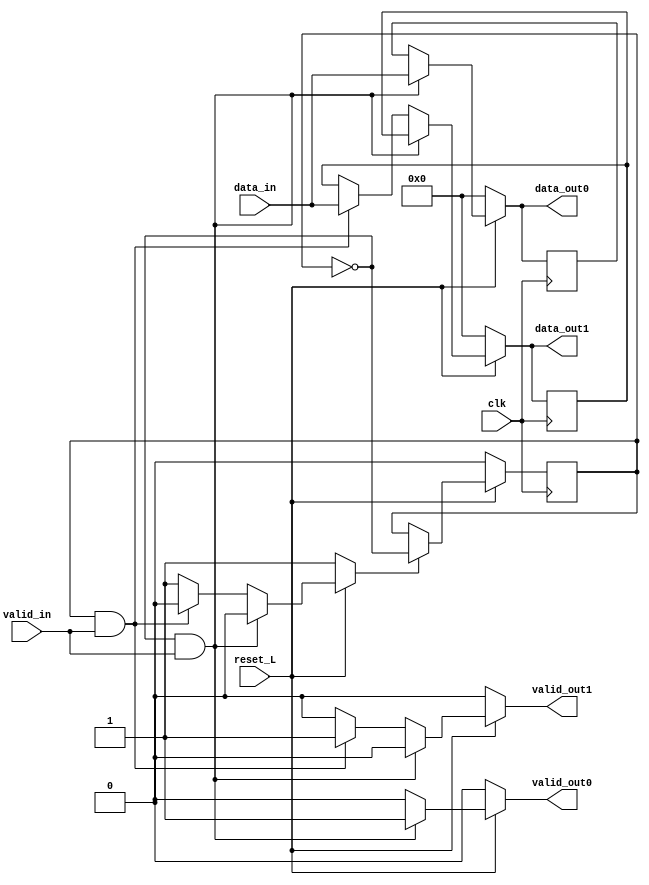
/*
 *Universidad de Costa Rica - Escuela de Ingenieria Electrica
 *Proyecto #1 - IE-0523 - modulo demux
 *@author Giancarlo Marin H.
 *@date   15/05/2019
 *@brief  Descripcion conductual del modulo demux 1:2 con entrada de 8 bits y bit de valido en la entrada y salidas
*/

module demux(
	output reg[7:0]	data_out0,		// salida 0 de tipo reg del demultiplexor
	output reg[7:0]	data_out1,		// salida 1 de tipo reg del demultiplexor
	output reg 		valid_out0,		// salida 0 bit de valid 
	output reg 		valid_out1,		// salida 1 bit de valid
	input 			valid_in,		// entrada de datos valid
	input 			clk,			// seal de clock del modulo
	input 			reset_L,		// seal de reset en bajo del modulo
	input [7:0]		data_in			// seal entrada de datos del demultiplexor
	);
	reg 			selector,valid0,valid1,reading,toggle;		// regs internos de un 1b 
	reg [7:0]		data_reg0, data_reg1;	// regs internos que transfieren la entrada a la salida y soluciona el problema de temporizacion
	
	always @(*) begin				// bloque combinacional
		data_out0 = 'b0;			// valores por defecto para evitar latches				
		data_out1 = 'b0;
		valid_out0=0;
		valid_out1=0;
		reading=0;
		toggle=1;
		if (reset_L == 0) begin		// reset asincrono
			data_out0 = 'b0;				
			data_out1 = 'b0;
			valid_out0=0;
			valid_out1=0;
			toggle=1;
		end
		else if (selector == 0 & valid_in == 1) begin	// mux selector para las salidas del demux
			data_out0 = data_in;
			data_out1 = data_reg1;
			valid_out0=1;
			valid_out1=0;
			reading=1;
			toggle=0;
		end
		else if (selector == 1 & valid_in == 1) begin
			data_out0 = data_reg0;
			data_out1 = data_in;
			valid_out0=0;
			valid_out1=1;
			reading=1;
			toggle=0;
		end
		else begin
			data_out0 = data_reg0;
			data_out1 = data_reg1;
			valid_out0=0;
			valid_out1=0;
			reading=0;
			toggle=1;
		end
	end

	// always @(negedge reading) begin
	// 	toggle = 1;
	// end

    always @(posedge clk) begin		// bloque sincrono
		if (reset_L == 0) begin		// reset de los flops 
			selector <= 0;
			data_reg0 <= data_out0;
    		data_reg1 <= data_out1;
    		valid0 <= 0;
    		valid1 <= 0;
		end
		else begin					// asignacion de los flops de manera sincrona
			if (toggle) begin
				selector <= ~selector; // toggle del selector cuando 
			end
			else begin
				selector <= selector;
			end
			data_reg0 <= data_out0;	
    		data_reg1 <= data_out1;
    		valid0 <= valid_out0;
    		valid1 <= valid_out1;
		end
    end
endmodule